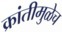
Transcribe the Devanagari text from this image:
क्रांतीमुळेच